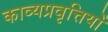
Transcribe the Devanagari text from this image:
काव्यप्रवृत्तियों